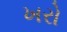
ખરો